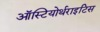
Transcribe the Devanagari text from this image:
ऑस्टियोर्थराइटिस